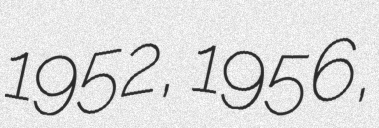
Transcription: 1952, 1956,